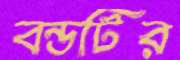
বন্ডটির